Civil Veterinary Department. United Provinces 1923-31 - 1923-1931
Year: 1923
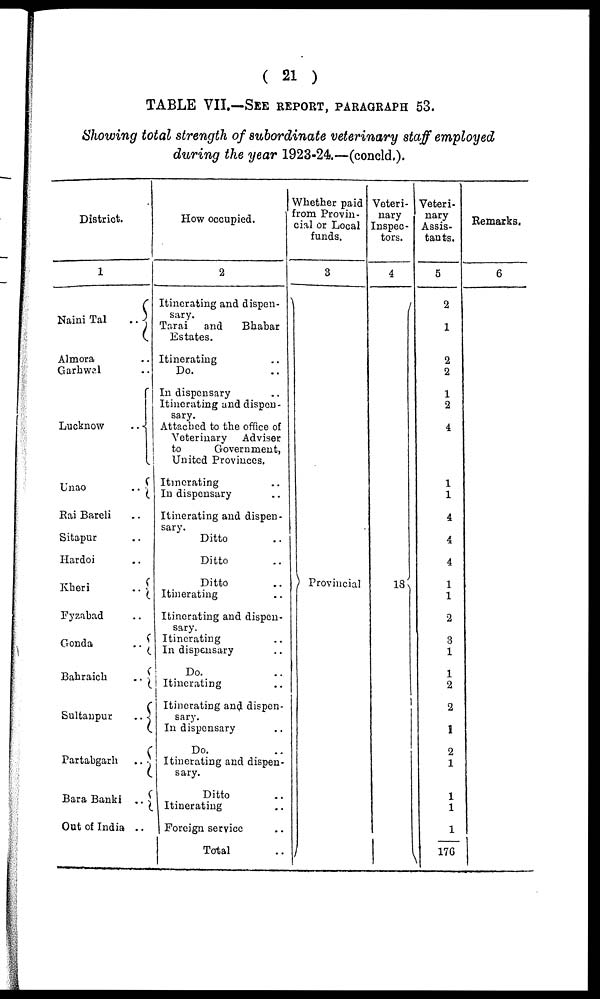
( 21 )
TABLE VII.—SEE REPORT, PARAGRAPH 53.
Showing total strength of subordinate veterinary staff employed
during the year 1923-24.—(concld.).
District.
1
Naini Tal
..
Almora ..
Garhwal ..
Lucknow
..
Unao
..
Rai Bareli ..
Sitapur ..
Hardoi ..
Kheri
..
Fyzabad ..
Gonda
..
Bahraich
..
Sultanpur
..
Partabgarh
..
Bara Banki ..
Out of India ..
How occupied.
2
Itinerating and dispen-
sary.
Tarai
and
Bhabar
Estates.
Itinerating ..
Do. ..
In dispensary ..
Itinerating and dispen-
sary.
Attached to the office of
Veterinary Adviser
to
Government,
United Provinces.
Itinerating ..
In dispensary ..
Itinerating and dispen-
sary.
Ditto ..
Ditto ..
Ditto ..
Itinerating ..
Itinerating and dispen-
sary.
Itinerating ..
In dispensary ..
Do. ..
Itinerating ..
Itinerating and dispen-
sary.
In dispensary ..
Do. ..
Itinerating and dispen-
sary.
Ditto ..
Itinerating ..
Foreign service ..
Total ..
Whether paid
from Provin-
cial or Local
funds.
3
Provincial
Veteri-
nary
Inspec-
tors.
4
18
Veteri-
nary
Assis-
tants.
5
2
1
2
2
1
2
4
1
1
4
4
4
1
1
2
3
1
1
2
2
1
2
1
1
1
1
176
Remarks.
6